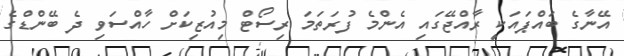
އޭނާގެ ބައްޕައަކީ ރާއްޖޭގައި އެންމެ ފުރަތަމަ ރިސޯޓް މިއުޒިކަށް ހާއްސަވި ދެ ބޭންޑްގެ